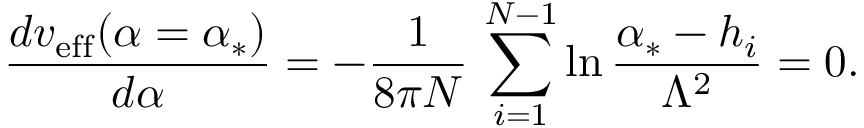
{ \frac { d v _ { \mathrm { e f f } } ( \alpha = \alpha _ { * } ) } { d \alpha } } = - { \frac { 1 } { 8 \pi N } } \, \sum _ { i = 1 } ^ { N - 1 } \ln { \frac { \alpha _ { * } - h _ { i } } { \Lambda ^ { 2 } } } = 0 .